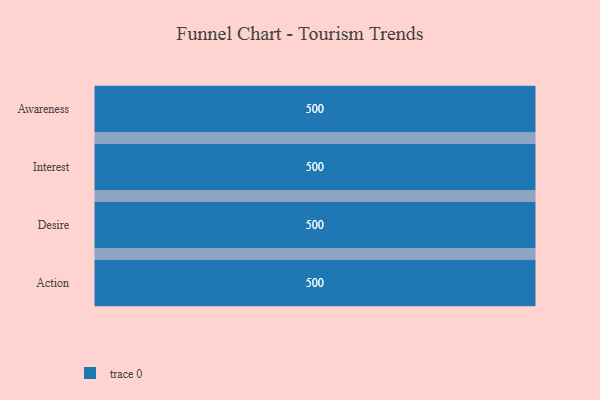
{"axis": {"x": "Stage", "y": "Value"}, "legend": [""], "data": [{"x": "Awareness", "y": 500, "type": ""}, {"x": "Interest", "y": 500, "type": ""}, {"x": "Desire", "y": 500, "type": ""}, {"x": "Action", "y": 500, "type": ""}]}